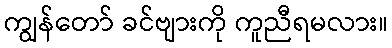
ကျွန်တော် ခင်ဗျားကို ကူညီရမလား။